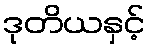
ဒုတိယနှင့်